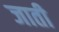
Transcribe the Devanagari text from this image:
जाती